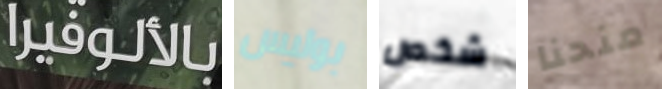
بالألوفيرا بوليس شخص منحنا